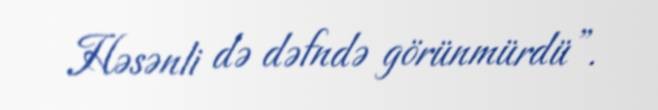
Həsənli də dəfndə görünmürdü”.